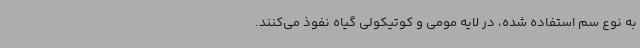
به نوع سم استفاده شده، در لایه مومی و کوتیکولی گیاه نفوذ می‌کنند.